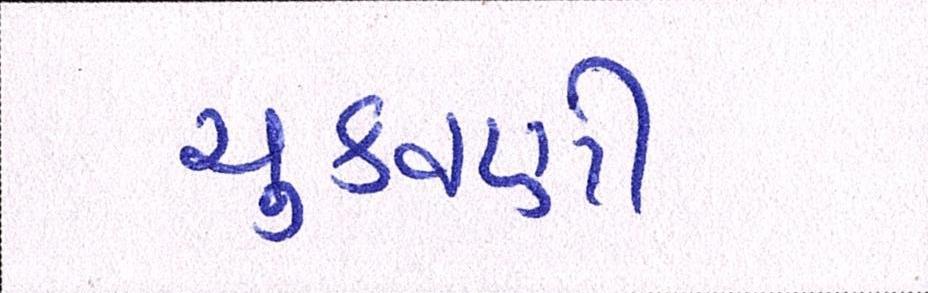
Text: ચુકવણી